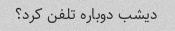
دیشب دوباره تلفن کرد؟